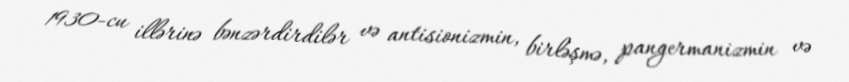
1930-cu illərinə bənzərdirdilər və antisionizmin, birləşmə, pangermanizmin və